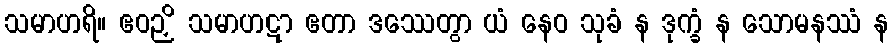
သမာဟရိ။ ဧဝဉှိ သမာဟဋာ ဧတာ ဒဿေတွာ ယံ နေဝ သုခံ န ဒုက္ခံ န သောမနဿံ န